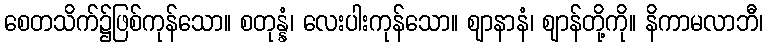
စေတသိက်၌ဖြစ်ကုန်သော။ စတုန္နံ၊ လေးပါးကုန်သော။ ဈာနာနံ၊ ဈာန်တို့ကို။ နိကာမလာဘီ၊